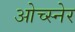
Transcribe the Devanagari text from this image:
ओच्स्नेर